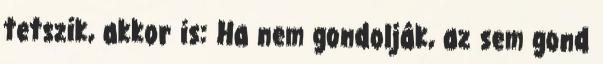
tetszik, akkor is: Ha nem gondolják, az sem gond